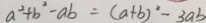
a ^ { 2 } + b ^ { 2 } - a b = ( a + b ) ^ { 2 } - 3 a b